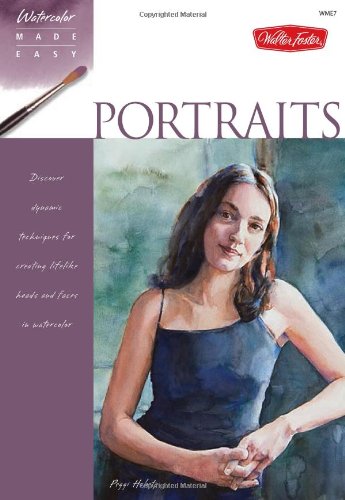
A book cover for Portraits: Discover dynamic techniques for creating lifelike heads and faces in watercolor (Watercolor Made Easy); Peggi Habets; Arts & Photography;